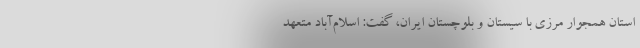
استان همجوار مرزی با سیستان و بلوچستان ایران، گفت: اسلام‌آباد متعهد